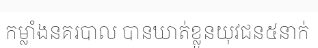
កម្លាំងនគរបាល បានឃាត់ខ្លួនយុវជន៥នាក់